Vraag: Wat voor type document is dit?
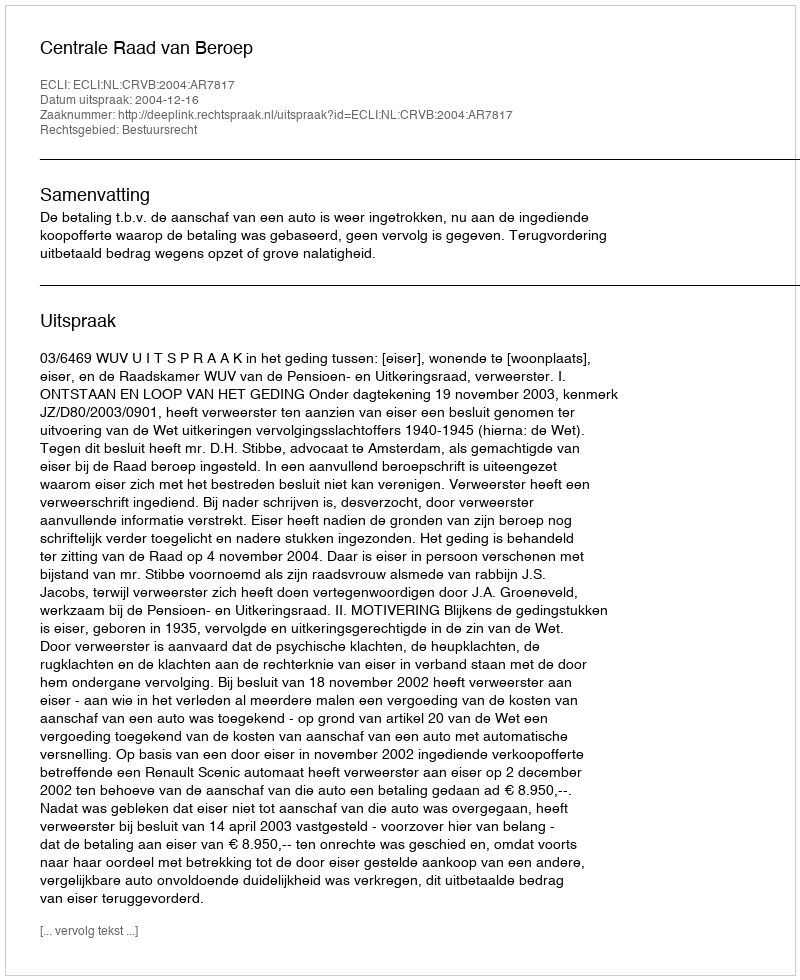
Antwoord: Uitspraak